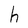
Character: h